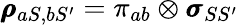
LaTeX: \pmb{\rho}_{aS,bS^{\prime}}=\pi_{ab}\otimes\pmb{\sigma}_{SS^{\prime}}